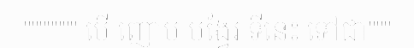
""""""" បើ ញោម បង្វែរ ទីនេះ ទៅជា"""